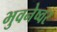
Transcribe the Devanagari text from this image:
भुवनेष्वर